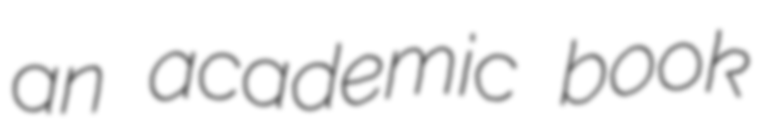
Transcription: an academic book